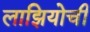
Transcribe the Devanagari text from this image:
लाझियोची